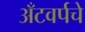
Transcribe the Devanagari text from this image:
अँटवर्पचे